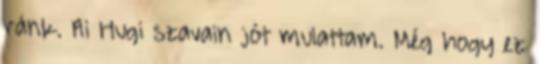
ránk. Ai Hugi szavain jót mulattam. Még hogy ez